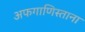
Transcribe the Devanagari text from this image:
अफगाणिस्ताना